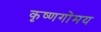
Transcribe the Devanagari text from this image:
कृष्णगोमय